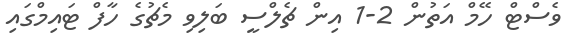
ވެސްޓް ހޭމް އަތުން 2-1 އިން ޗެލްސީ ބަލިވި މެޗުގެ ހާފް ޓައިމްގައި